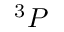
^ { 3 } P